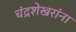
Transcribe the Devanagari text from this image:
चंद्रशेखरांना